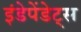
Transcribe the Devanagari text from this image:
इंडेपेंडेट्स